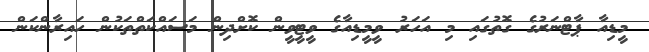
މީޑިއާ ޕާޓްނަރުގެ ގޮތުގައި މި އަހަރު ވީމީޑިއާގެ ވީޓީވީން ކޮށްދިން މަސައްކަތްތަކުން ހައިރާންކަން